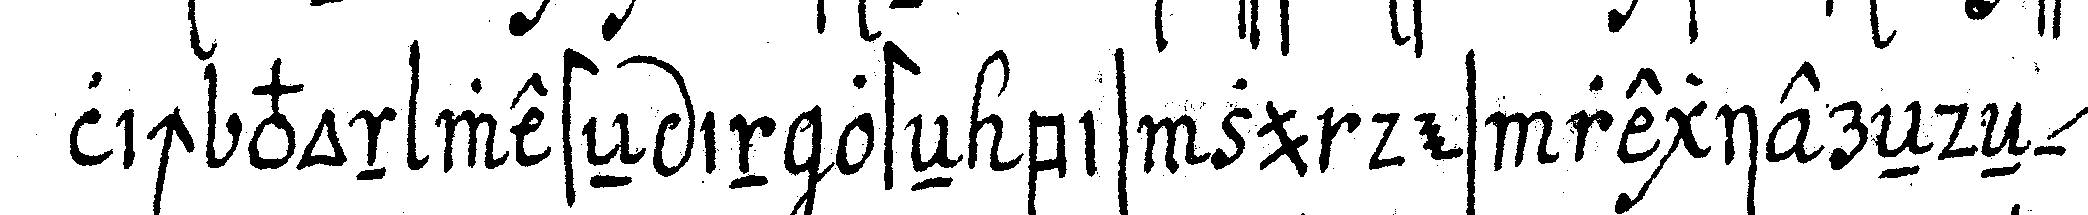
lich von westeN in osteN bis zu des regiereNdeN *nee*